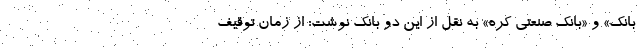
بانک» و «بانک صنعتی کره» به نقل از این دو بانک نوشت: از زمان توقیف